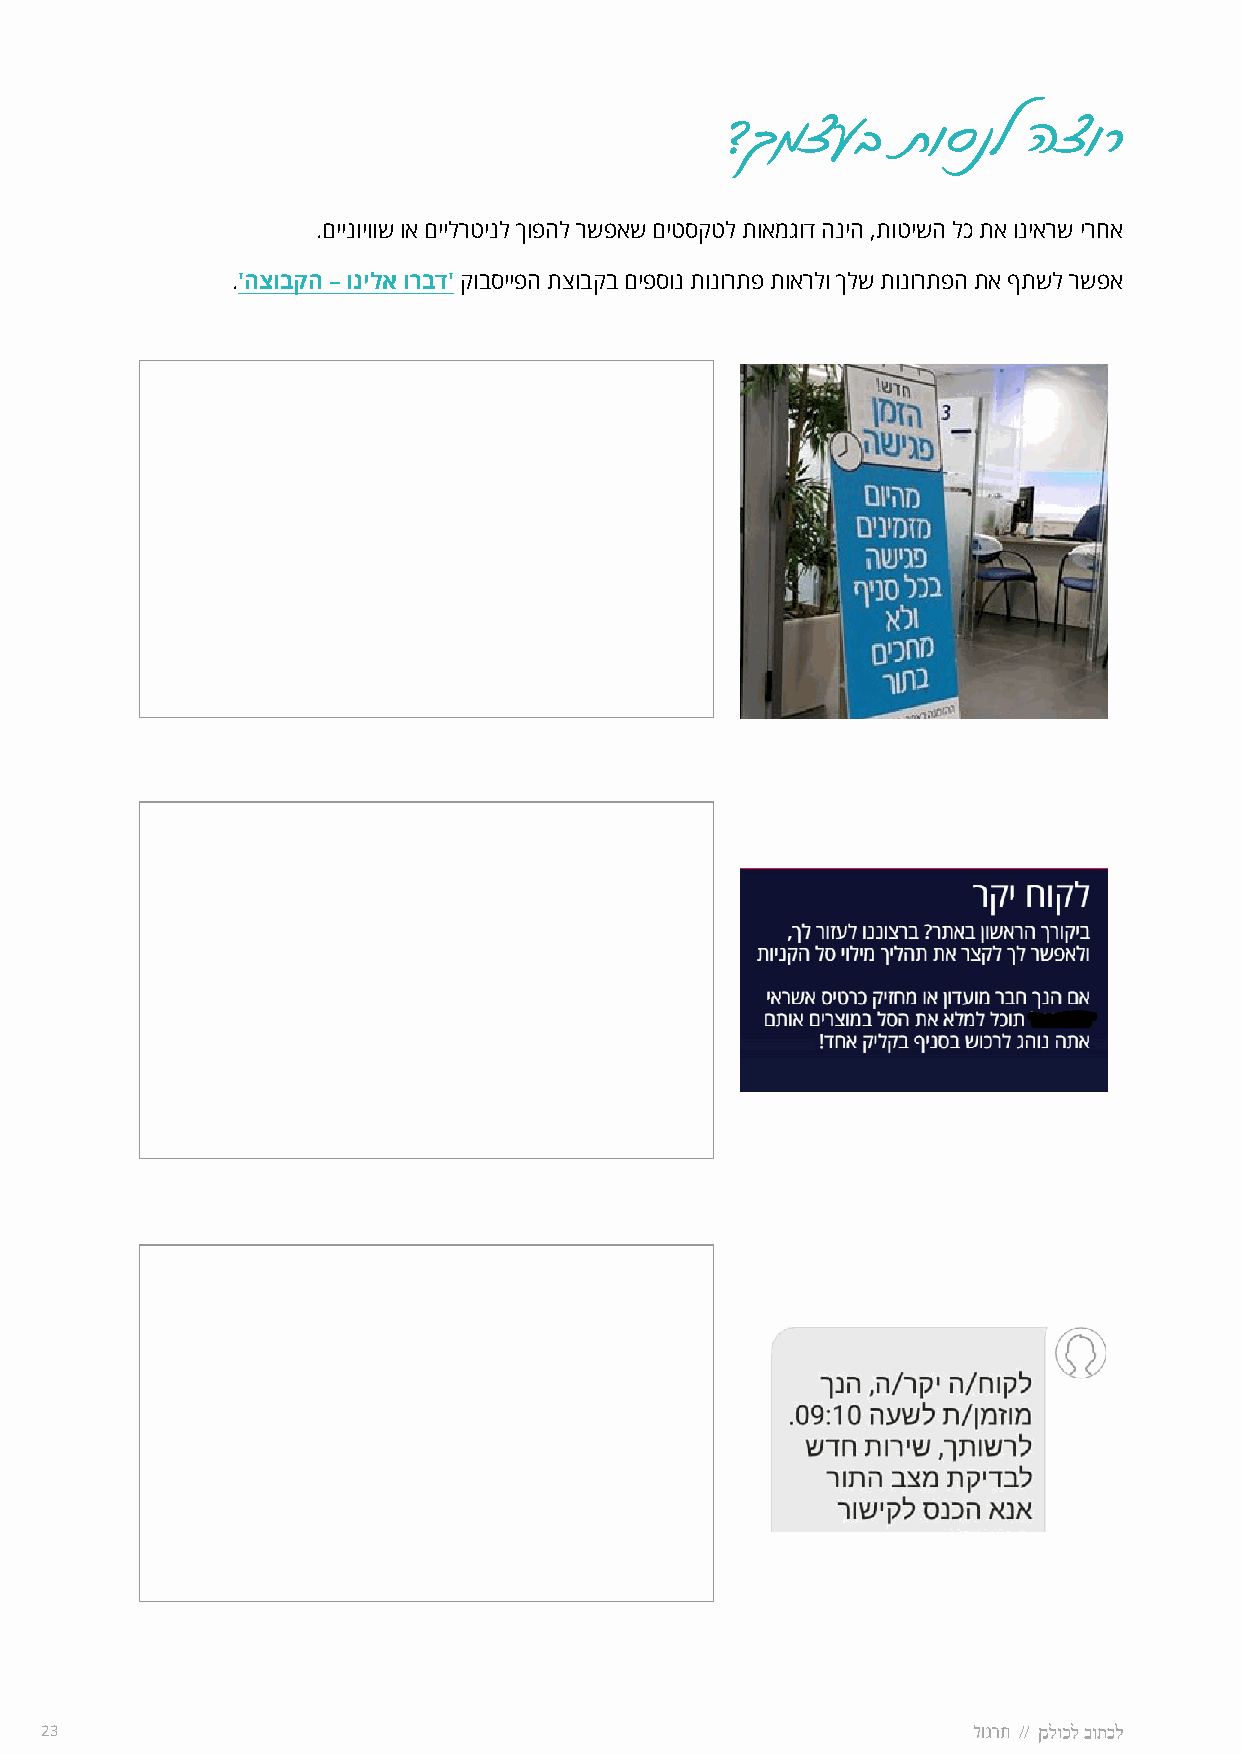
?ךמצעב      תוסנל   הצור
 .םיינויווש וא םיילרטינל ךופהל רשפאש םיטסקטל תואמגוד הניה ,תוטישה לכ תא וניארש ירחא
 �'הצובקה – ונילא ורבד' קובסייפה תצובקב םיפסונ תונורתפ תוארלו ךלש תונורתפה תא ףתשל רשפא
 23                                                           לוגרת //